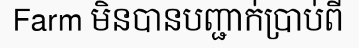
Farm មិនបានបញ្ជាក់ប្រាប់ពី